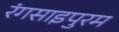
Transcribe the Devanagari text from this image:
रंगसाइपुरम